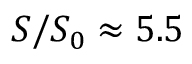
S / S _ { 0 } \approx 5 . 5